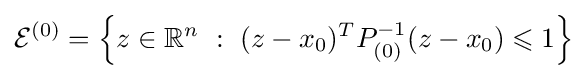
{\mathcal {E}}^{(0)}=\left\{z\in \mathbb {R} ^{n}\ :\ (z-x_{0})^{T}P_{(0)}^{-1}(z-x_{0})\leqslant 1\right\}